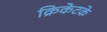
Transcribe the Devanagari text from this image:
क्रिकेटके